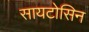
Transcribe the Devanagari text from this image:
सायटोसिन